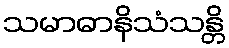
သမာဓာနိသံသန္တိ